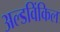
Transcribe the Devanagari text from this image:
अल्डविंकिल